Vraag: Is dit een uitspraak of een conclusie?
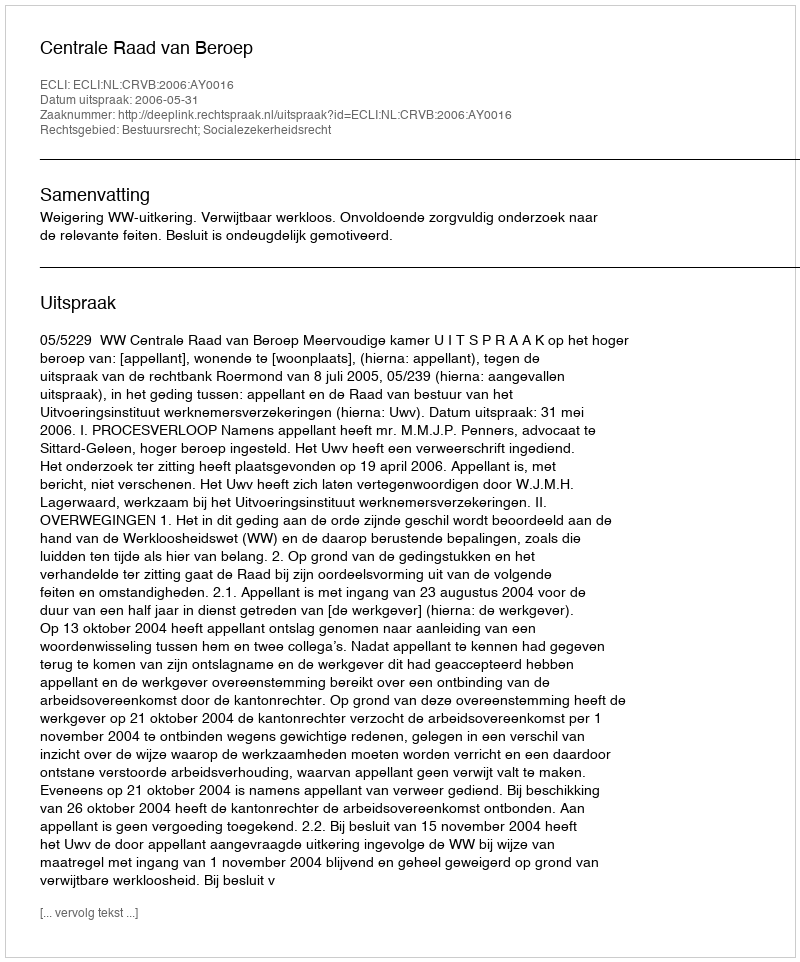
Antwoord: Uitspraak